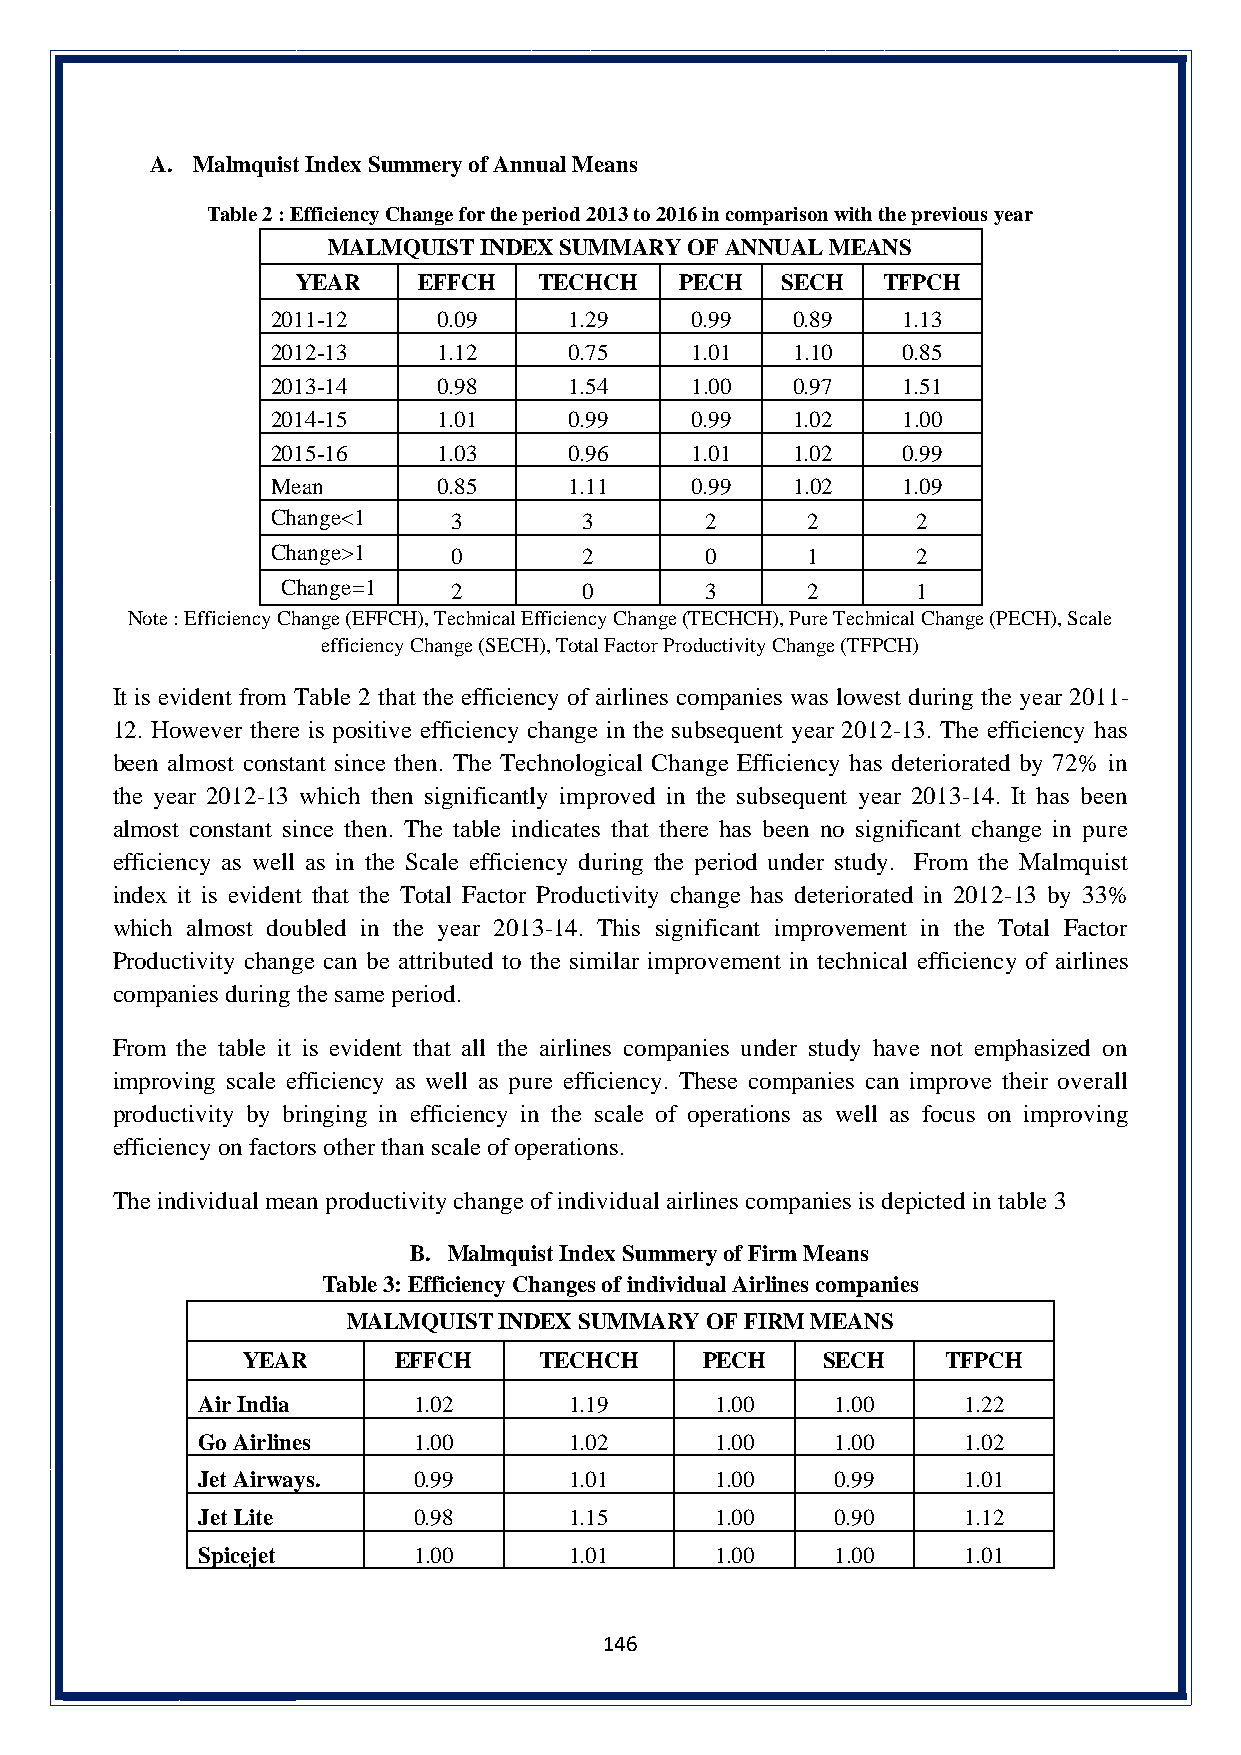
A. Malmquist Index Summery of Annual Means
 Table 2 : Efficiency Change for the period 2013 to 2016 in comparison with the previous year
 MALMQUIST INDEX SUMMARY OF ANNUAL MEANS
 YEAR    EFFCH   TECHCH   PECH   SECH  TFPCH
 2011-12    0.09     1.29    0.99  0.89    1.13
 2012-13    1.12     0.75    1.01  1.10    0.85
 2013-14    0.98     1.54    1.00  0.97    1.51
 2014-15    1.01     0.99    0.99  1.02    1.00
 2015-16    1.03     0.96    1.01  1.02    0.99
 Mean       0.85     1.11    0.99  1.02    1.09
 Change<1    3        3       2     2       2
 Change>1    0        2       0     1       2
 Change=1   2        0       3     2       1
 Note : Efficiency Change (EFFCH), Technical Efficiency Change (TECHCH), Pure Technical Change (PECH), Scale
 efficiency Change (SECH), Total Factor Productivity Change (TFPCH)
 It is evident from Table 2 that the efficiency of airlines companies was lowest during the year 2011-
 12. However there is positive efficiency change in the subsequent year 2012-13. The efficiency has
 been almost constant since then. The Technological Change Efficiency has deteriorated by 72% in
 the year 2012-13 which then significantly improved in the subsequent year 2013-14. It has been
 almost constant since then. The table indicates that there has been no significant change in pure
 efficiency as well as in the Scale efficiency during the period under study. From the Malmquist
 index it is evident that the Total Factor Productivity change has deteriorated in 2012-13 by 33%
 which almost doubled in the year 2013-14. This significant improvement in the Total Factor
 Productivity change can be attributed to the similar improvement in technical efficiency of airlines
 companies during the same period.
 From the table it is evident that all the airlines companies under study have not emphasized on
 improving scale efficiency as well as pure efficiency. These companies can improve their overall
 productivity by bringing in efficiency in the scale of operations as well as focus on improving
 efficiency on factors other than scale of operations.
 The individual mean productivity change of individual airlines companies is depicted in table 3
 B. Malmquist Index Summery of Firm Means
 Table 3: Efficiency Changes of individual Airlines companies
 MALMQUIST INDEX SUMMARY OF FIRM MEANS
 YEAR      EFFCH     TECHCH    PECH    SECH     TFPCH
 Air India     1.02       1.19     1.00    1.00     1.22
 Go Airlines   1.00       1.02     1.00    1.00     1.02
 Jet Airways.  0.99       1.01     1.00    0.99     1.01
 Jet Lite      0.98       1.15     1.00    0.90     1.12
 Spicejet      1.00       1.01     1.00    1.00     1.01
 146